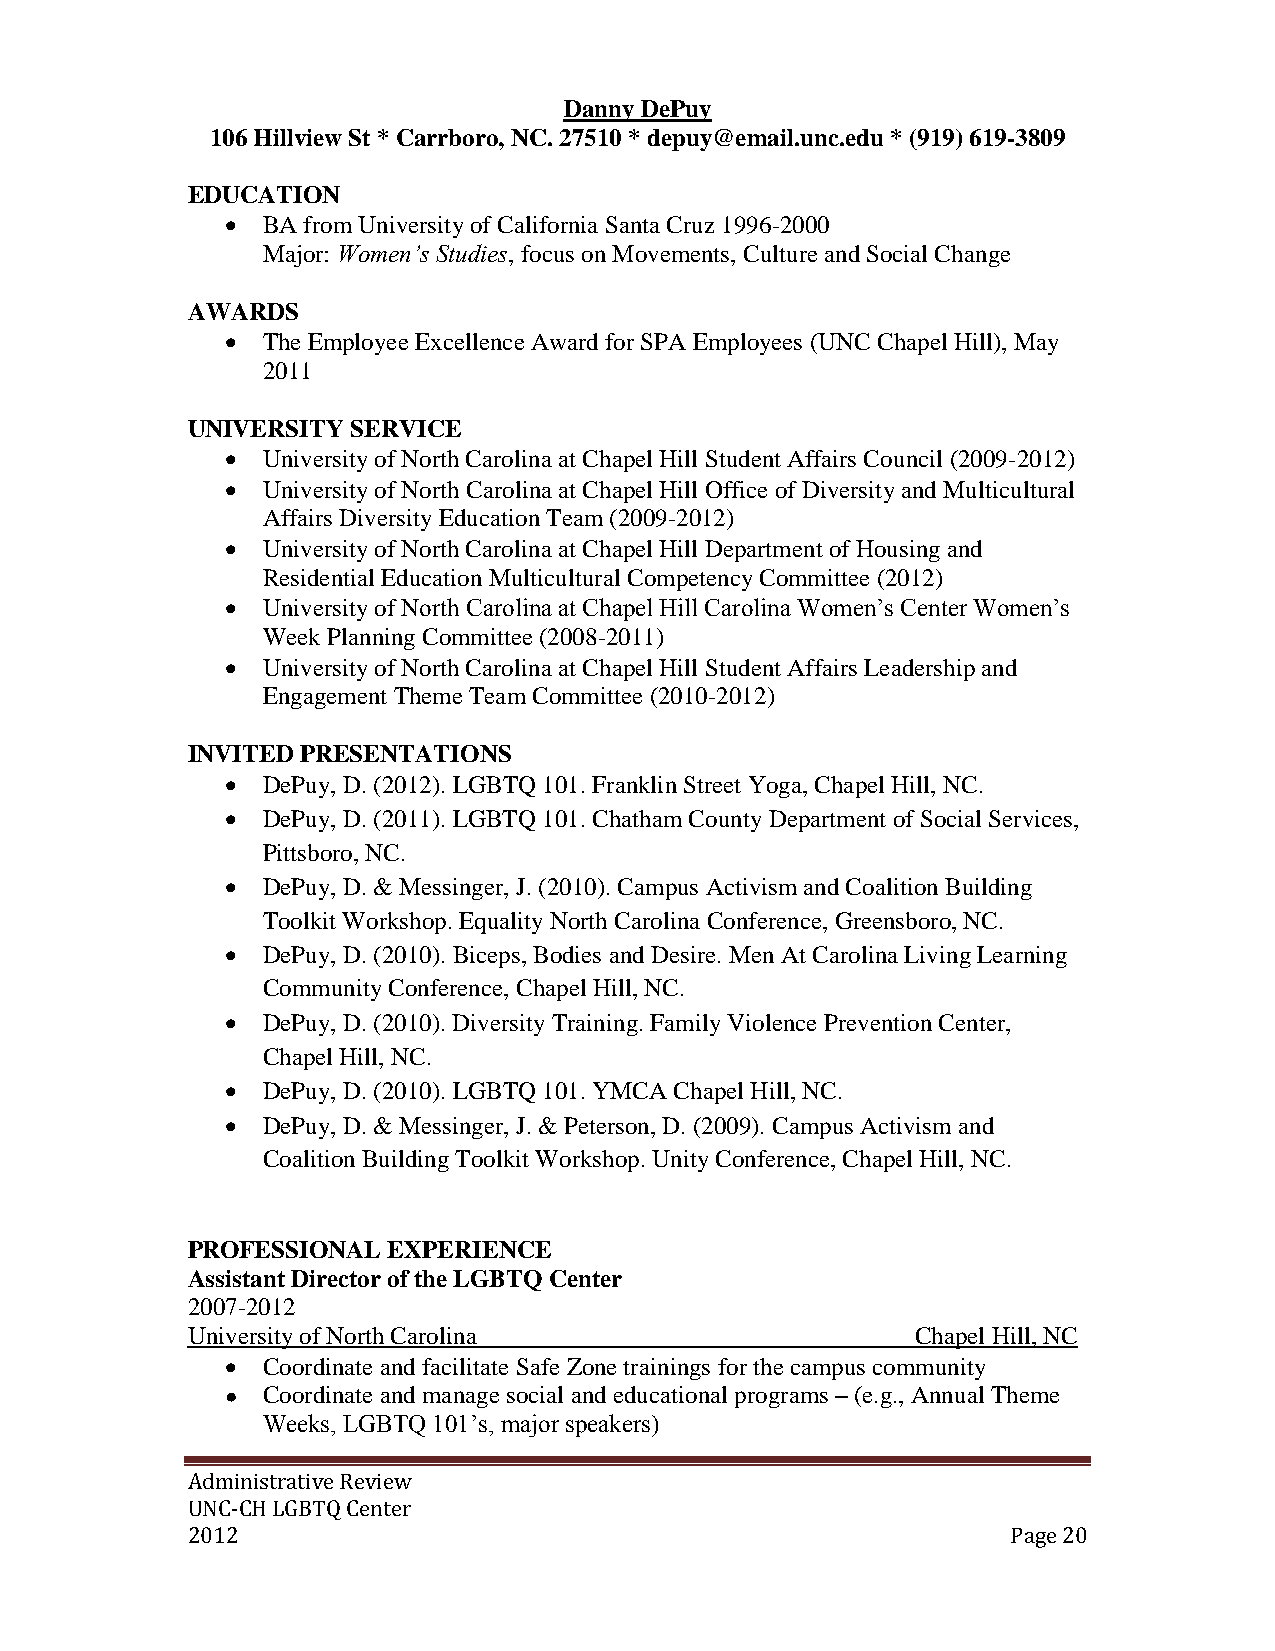
Danny DePuy
 106 Hillview St * Carrboro, NC. 27510 * depuy@email.unc.edu * (919) 619-3809
 EDUCATION
  BA from University of California Santa Cruz 1996-2000
 Major: Women’s Studies, focus on Movements, Culture and Social Change
 AWARDS
  The Employee Excellence Award for SPA Employees (UNC Chapel Hill), May
 2011
 UNIVERSITY SERVICE
  University of North Carolina at Chapel Hill Student Affairs Council (2009-2012)
  University of North Carolina at Chapel Hill Office of Diversity and Multicultural
 Affairs Diversity Education Team (2009-2012)
  University of North Carolina at Chapel Hill Department of Housing and
 Residential Education Multicultural Competency Committee (2012)
  University of North Carolina at Chapel Hill Carolina Women’s Center Women’s
 Week Planning Committee (2008-2011)
  University of North Carolina at Chapel Hill Student Affairs Leadership and
 Engagement Theme Team Committee (2010-2012)
 INVITED PRESENTATIONS
  DePuy, D. (2012). LGBTQ 101. Franklin Street Yoga, Chapel Hill, NC.
  DePuy, D. (2011). LGBTQ 101. Chatham County Department of Social Services,
 Pittsboro, NC.
  DePuy, D. & Messinger, J. (2010). Campus Activism and Coalition Building
 Toolkit Workshop. Equality North Carolina Conference, Greensboro, NC.
  DePuy, D. (2010). Biceps, Bodies and Desire. Men At Carolina Living Learning
 Community Conference, Chapel Hill, NC.
  DePuy, D. (2010). Diversity Training. Family Violence Prevention Center,
 Chapel Hill, NC.
  DePuy, D. (2010). LGBTQ 101. YMCA Chapel Hill, NC.
  DePuy, D. & Messinger, J. & Peterson, D. (2009). Campus Activism and
 Coalition Building Toolkit Workshop. Unity Conference, Chapel Hill, NC.
 PROFESSIONAL  EXPERIENCE
 Assistant Director of the LGBTQ Center
 2007-2012
 University of North Carolina                     Chapel Hill, NC
  Coordinate and facilitate Safe Zone trainings for the campus community
 ● Coordinate and manage social and educational programs – (e.g., Annual Theme
 Weeks, LGBTQ 101’s, major speakers)
 Administrative Review
 UNC-CH LGBTQ Center
 2012                                                   Page 20